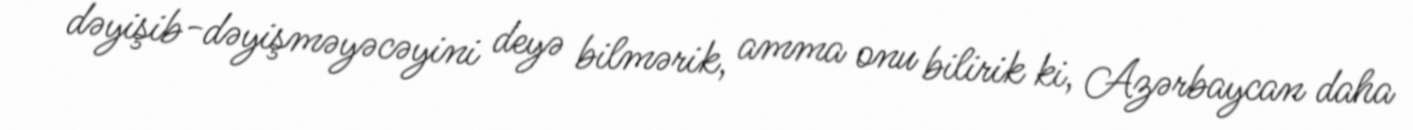
dəyişib-dəyişməyəcəyini deyə bilmərik, amma onu bilirik ki, Azərbaycan daha